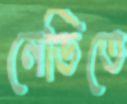
নেভিতে